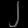
Digit: ၂